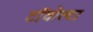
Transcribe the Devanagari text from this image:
टॉवोल्‍टा